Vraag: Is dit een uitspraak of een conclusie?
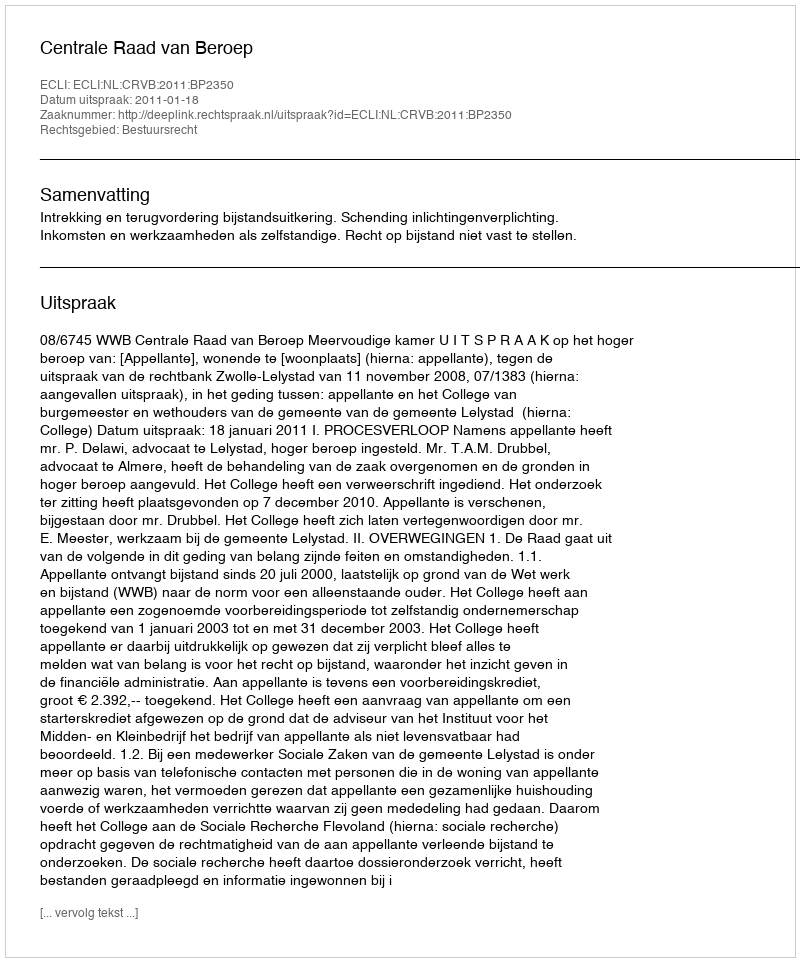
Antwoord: Uitspraak